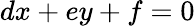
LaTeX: dx+ey+f=0